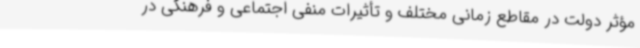
مؤثر دولت در مقاطع زمانی مختلف و تأثیرات منفی اجتماعی و فرهنگی در